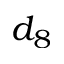
d _ { 8 }